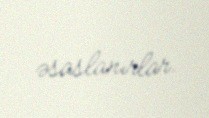
əsaslanırlar.